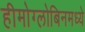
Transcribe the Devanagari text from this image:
हीमोग्लोबिनमध्ये